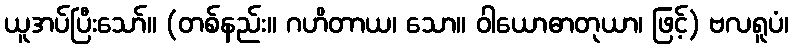
ယူအပ်ပြီးသော်။ (တစ်နည်း။ ဂဟိတာယ၊ သော။ ဝါယောဓာတုယာ၊ ဖြင့်) ဗလရူပံ၊